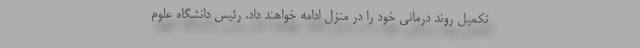
تکمیل روند درمانی خود را در منزل ادامه خواهند داد. رئیس دانشگاه علوم